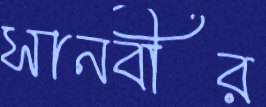
সানবীর